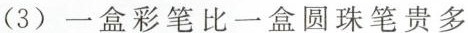
(3)一盒彩笔比一盒圆珠笔贵多